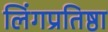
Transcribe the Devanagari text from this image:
लिंगप्रतिष्ठा